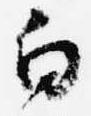
白